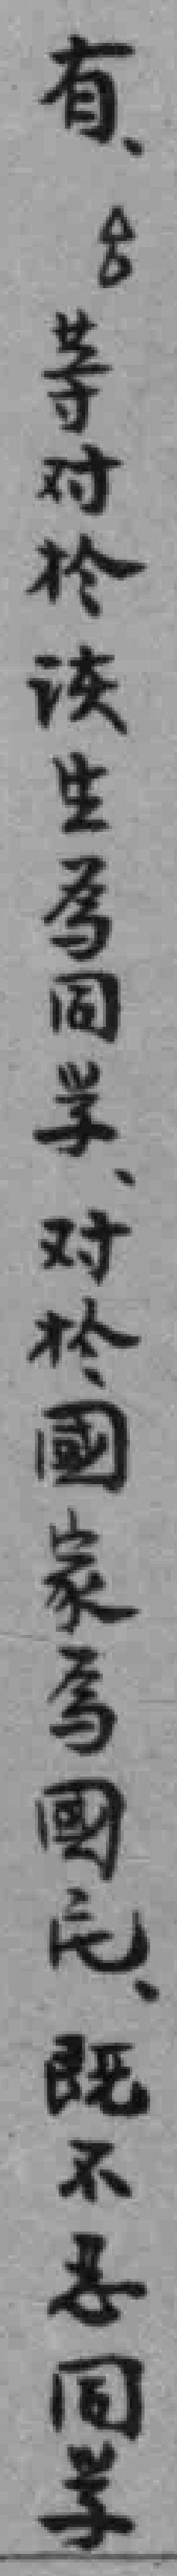
有等对於该生為同学对於國家為國民既不忍同学